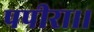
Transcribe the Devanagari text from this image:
पपीरा।।